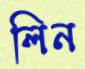
লিন